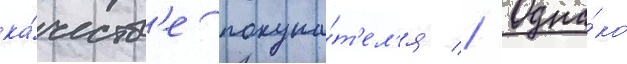
ка́честв'е покупа́т'ел'я // Одна́ко